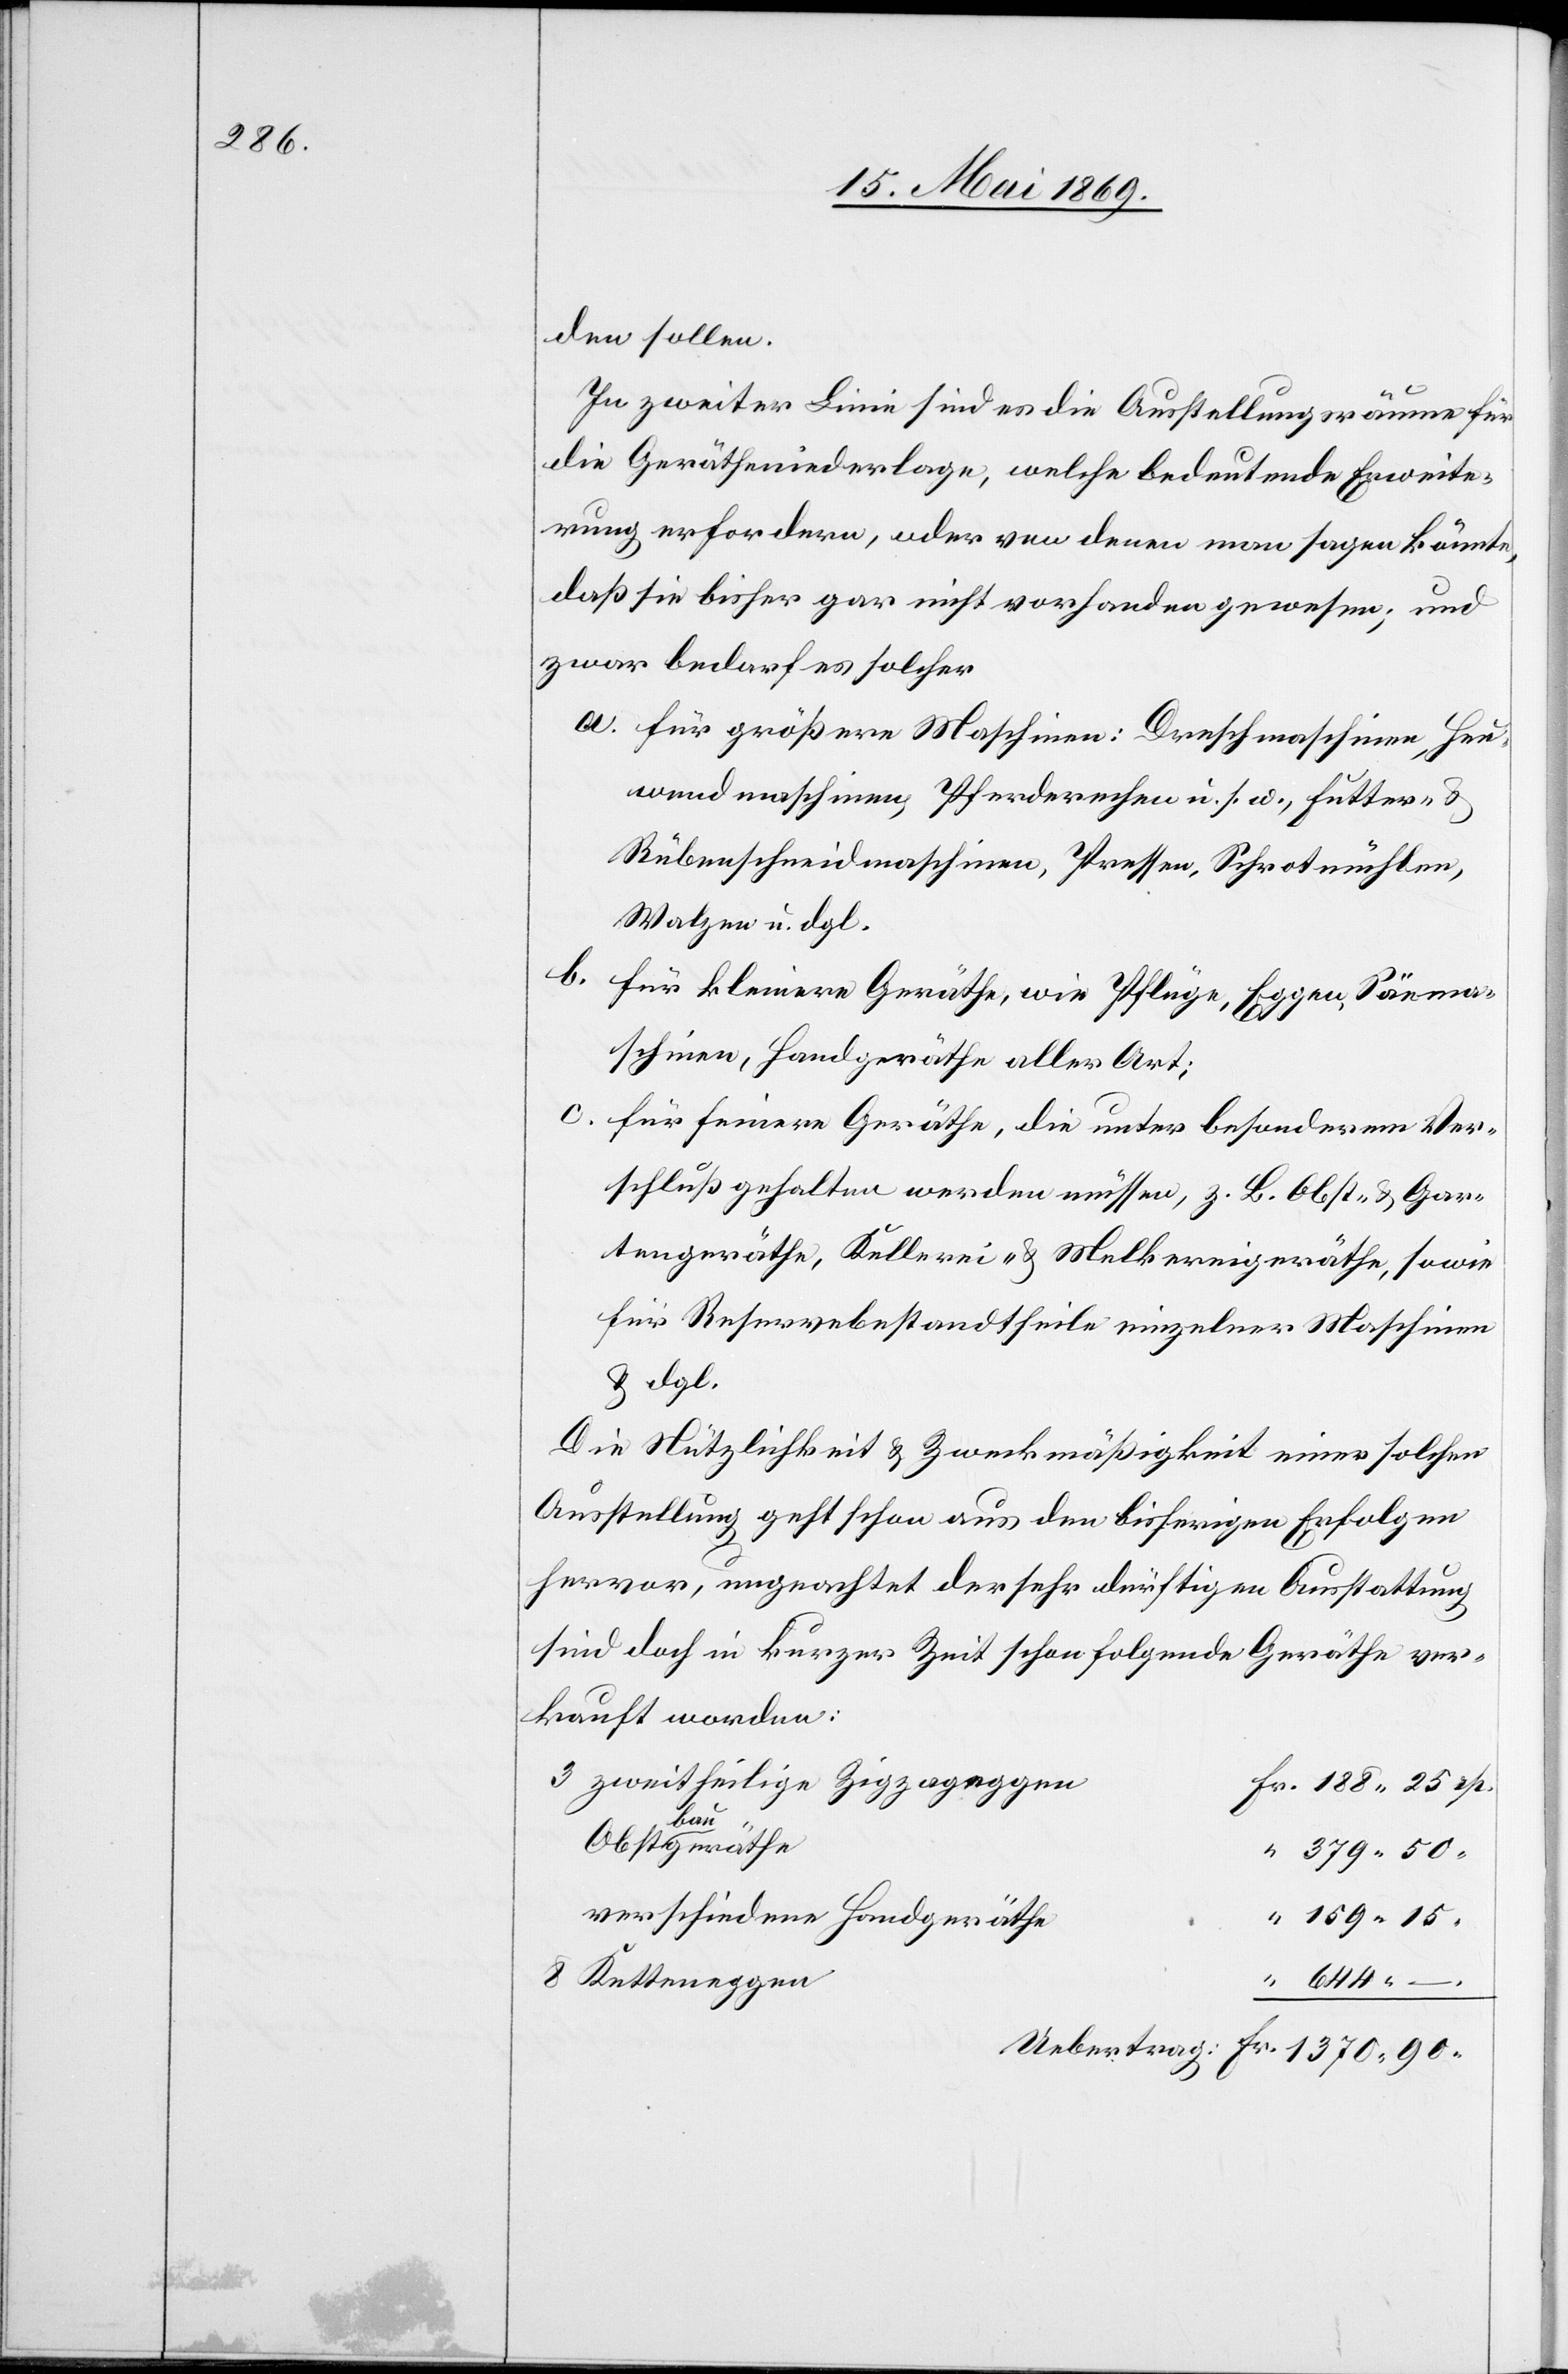
den sollen.
In zweiter Linie sind es die Ausstellungsräume für
die Gerätheniederlage, welche bedeutende Erweite¬
rung erfordern, oder von denen man sagen könnte,
daß sie bisher gar nicht vorhanden gewesen; und
zwar bedarf es solcher
a. für größere Maschinen: Dampfmaschinen, Heu¬
wendmaschinen, Pferderechen u. s. w., Futter- u.
Rübenschneidmaschinen, Pressen, Schrotmühlen,
Walzen u. dgl.
b. für kleinere Geräthe, wie Pflüge, Eggen, Säema¬
schinen, Handgeräthe aller Art;
c. für feinere Geräthe, die unter besonderen Ver¬
schluß gehalten werden müssen, z. B. Obst- u. Gar¬
tengeräthe, Kellerei- u. Melkereigeräthe, sowie
für Reservebestandtheile einzelner Maschinen
u. dgl.
Die Nützlichkeit u. Zweckmäßigkeit einer solchen
Ausstellung geht schon aus den bisherigen Erfolgen
hervor, ungeachtet der sehr dürftigen Ausstattung
sind doch in kurzer Zeit schon folgende Geräthe ver¬
kauft worden:
3 zweitheilige Zigzageggen
Fr.
Obstbaugeräthe
Verschiedene Handgeräthe
8 Ketteneggen
644.